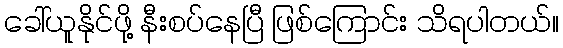
ခေါ်ယူနိုင်ဖို့ နီးစပ်နေပြီ ဖြစ်ကြောင်း သိရပါတယ်။